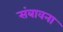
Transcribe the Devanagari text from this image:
संबावना